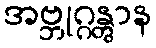
အဗ္ဘုဂ္ဂန္တွာန